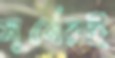
সূর্যেরই